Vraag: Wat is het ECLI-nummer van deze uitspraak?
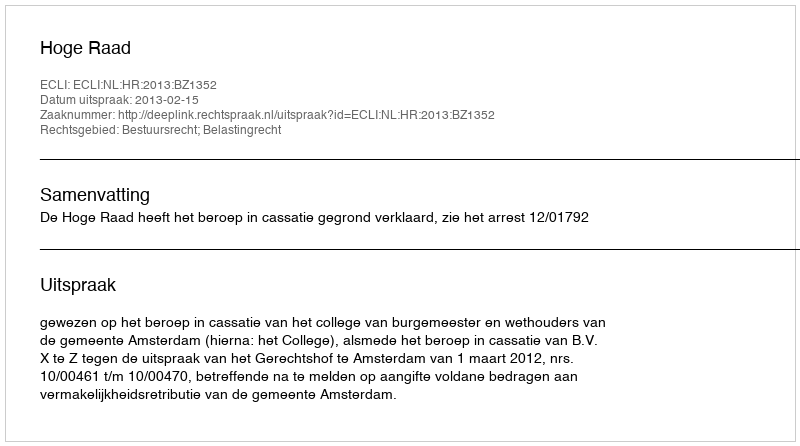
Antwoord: ECLI:NL:HR:2013:BZ1352